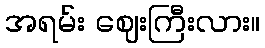
အရမ်း ဈေးကြီးလား။